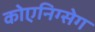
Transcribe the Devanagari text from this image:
कोएनिग्सेग